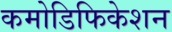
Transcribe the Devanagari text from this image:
कमोडिफिकेशन